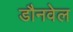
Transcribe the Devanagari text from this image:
डौनवेल